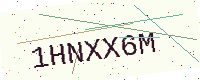
Text: 1HNXX6M